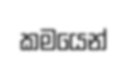
කමයෙන්